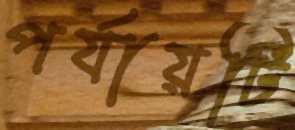
পর্যায়টি